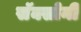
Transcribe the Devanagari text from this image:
सॅक्सोनी